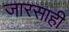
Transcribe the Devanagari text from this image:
जारसाही